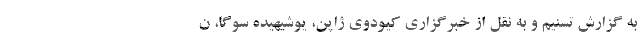
به گزارش تسنیم و به نقل از خبرگزاری کیودوی ژاپن، یوشیهیده سوگا، ن